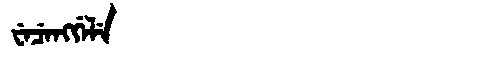
Manchu: ᠸᡝᠴᡝᠩᡤᡝᠯᡝ
Romanization: WECENGGELE